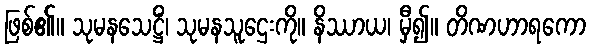
ဖြစ်၏။ သုမနသေဋ္ဌိံ၊ သုမနသူဌေးကို။ နိဿာယ၊ မှီ၍။ တိဏဟာရကော